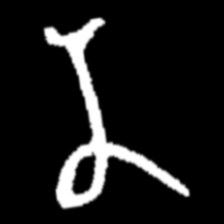
Pyu character \u2014 Myanmar letter: န (romanized: na)